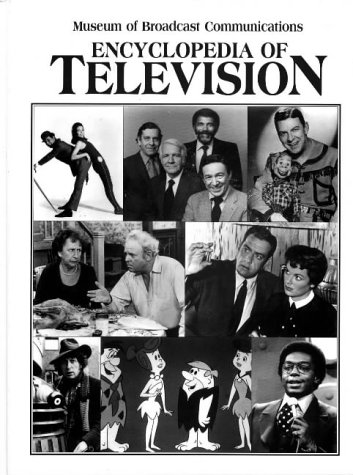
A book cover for Encyclopedia of Television; Humor & Entertainment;